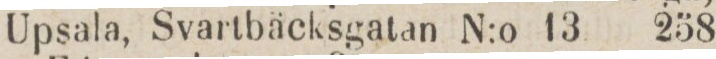
Upsala, Svartbäcksgatan N:o 13    258